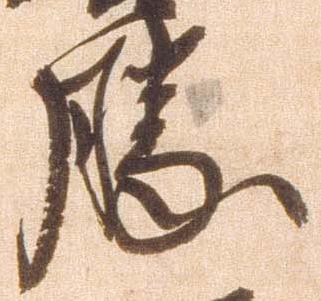
勝